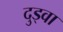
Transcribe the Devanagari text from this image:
दुड्वा